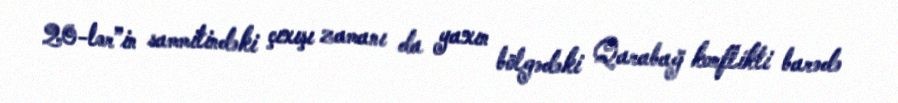
20-lər”in sammitindəki çıxışı zamanı da yaxın bölgədəki Qarabağ konflikti barədə